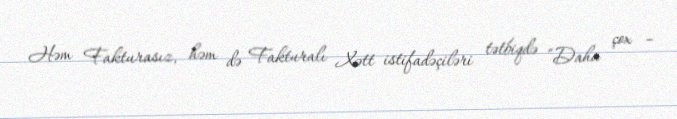
Həm Fakturasız, həm də Fakturalı Xətt istifadəçiləri tətbiqdə “Daha çox –